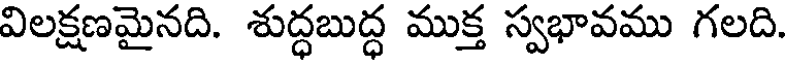
విలక్షణమైనది. శుద్ధబుద్ధ ముక్త స్వభావము గలది.